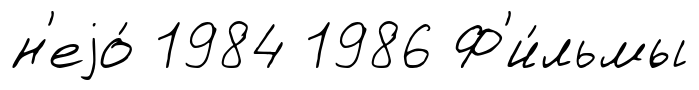
н'еjо́ 1984 1986 Ф'и́льмы